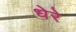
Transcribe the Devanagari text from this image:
धेरे